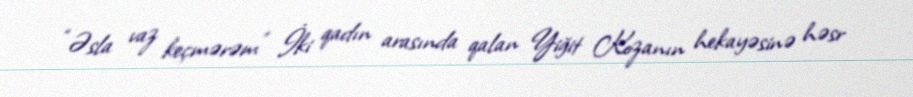
“Əsla vaz keçmərəm” İki qadın arasında qalan Yiğit Kozanın hekayəsinə həsr